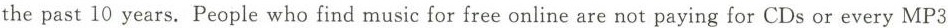
the past 10 years. People who find music for free online are not paying for CDs or every MP 3